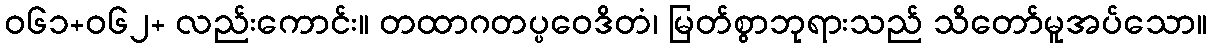
ဝ၆၁+၀၆၂+ လည်းကောင်း။ တထာဂတပ္ပဝေဒိတံ၊ မြတ်စွာဘုရားသည် သိတော်မူအပ်သော။